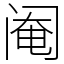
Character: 阉